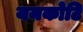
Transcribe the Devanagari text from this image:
यमकोटि